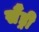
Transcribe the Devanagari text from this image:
सैंड्री